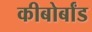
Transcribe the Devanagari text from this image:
कीबोर्बांड